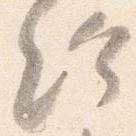
給